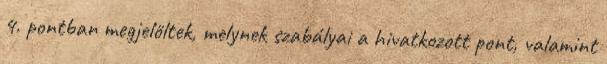
4. pontban megjelöltek, melynek szabályai a hivatkozott pont, valamint